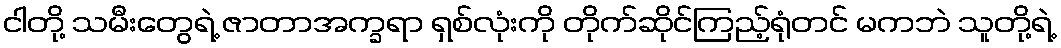
ငါတို့ သမီးတွေရဲ့ ဇာတာအက္ခရာ ရှစ်လုံးကို တိုက်ဆိုင်ကြည့်ရုံတင် မကဘဲ သူတို့ရဲ့